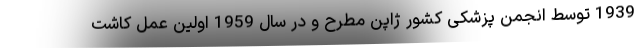
1939 توسط انجمن پزشکی کشور ژاپن مطرح و در سال 1959 اولین عمل کاشت